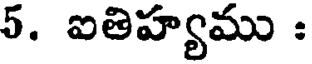
5. ఐతిహ్యము :